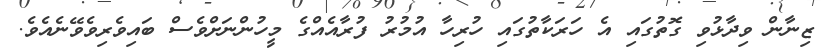
ޒިނާން ވިދާޅުވި ގޮތުގައި އެ ހަރަކާތުގައި ހުރިހާ އުމުރު ފުރާއެއްގެ މީހުންނަށްވެސް ބައިވެރިވެވޭނެއެވެ.